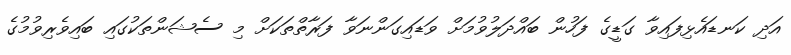
އަދި ކަނޑައެޅިފައިވާ ގަޑީގެ ފަހުން ބައްދަލުވުމަށް ވަޑައިގަންނަވާ ފަރާތްތަކަށް މި ސެޝަންތަކުގައި ބައިވެރިވުމުގެ